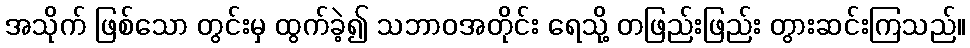
အသိုက် ဖြစ်သော တွင်းမှ ထွက်ခဲ့၍ သဘာဝအတိုင်း ရေသို့ တဖြည်းဖြည်း တွားဆင်းကြသည်။